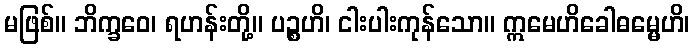
မဖြစ်။ ဘိက္ခဝေ၊ ရဟန်းတို့။ ပဉ္စဟိ၊ ငါးပါးကုန်သော။ ဣမေဟိခေါဓမ္မေဟိ၊